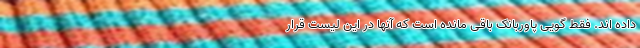
داده اند. فقط گویی پاوربانک باقی مانده است که آنها در این لیست قرار